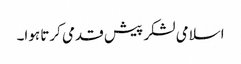
اسلامی لشکر پیش قدمی کرتا ہوا۔